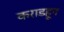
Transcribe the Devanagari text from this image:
कराडहून